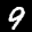
Label: 9